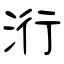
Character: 洐